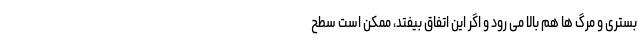
بستری و مرگ ها هم بالا می رود و اگر این اتفاق بیفتد، ممکن است سطح